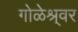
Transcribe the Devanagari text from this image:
गोळेश्र्वर